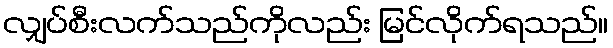
လျှပ်စီးလက်သည်ကိုလည်း မြင်လိုက်ရသည်။